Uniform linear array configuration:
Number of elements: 48
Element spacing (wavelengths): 0.75
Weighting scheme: binomial
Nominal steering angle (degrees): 45
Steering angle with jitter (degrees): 45.637
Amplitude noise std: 0.05
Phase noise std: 0.05

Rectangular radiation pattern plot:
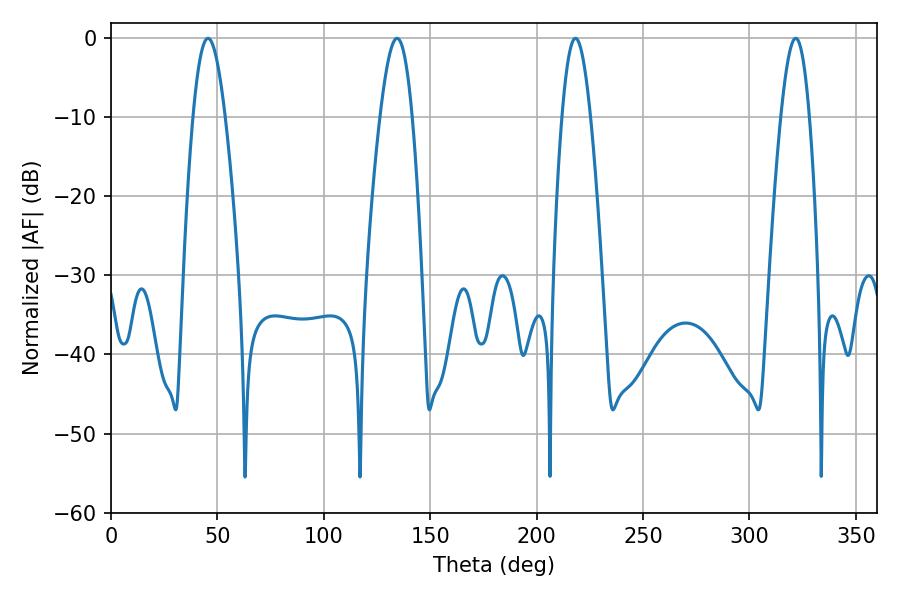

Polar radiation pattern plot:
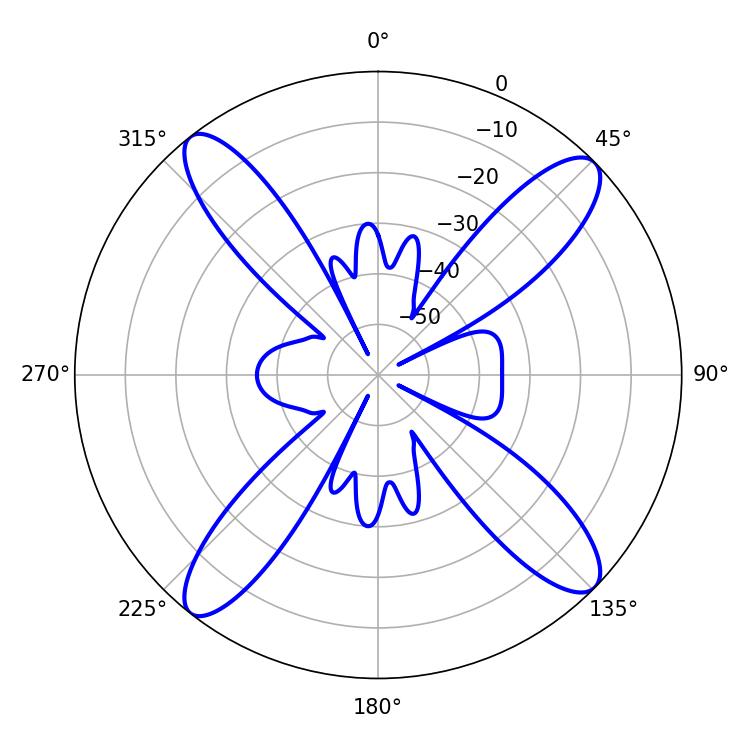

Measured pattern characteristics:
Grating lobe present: TRUE
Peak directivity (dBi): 15.924
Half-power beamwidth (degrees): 8.28
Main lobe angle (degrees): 45.54